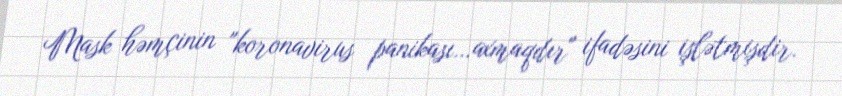
Mask həmçinin "koronavirus panikası…axmaqdır" ifadəsini işlətmişdir.